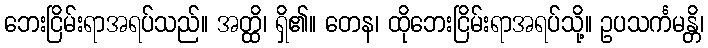
ဘေးငြိမ်းရာအရပ်သည်။ အတ္ထိ၊ ရှိ၏။ တေန၊ ထိုဘေးငြိမ်းရာအရပ်သို့။ ဥပသင်္ကမန္တိ၊